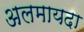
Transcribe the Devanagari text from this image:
अलमायदा